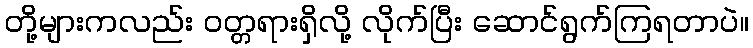
တို့များကလည်း ဝတ္တရားရှိလို့ လိုက်ပြီး ဆောင်ရွက်ကြရတာပဲ။